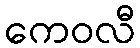
ကေဝလီ